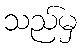
သည်မှ